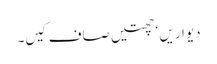
دیواریں ‘ چھتیں صاف کیں۔